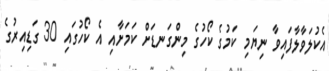
އެކުލަވާލާފައިވާ ނިޔަމި ކަމުގެ ކޯހުގެ މިންގަނޑަށް ކަމަށާއި އެ ކޯހުގައި 30 ގަޑިއިރުގެ